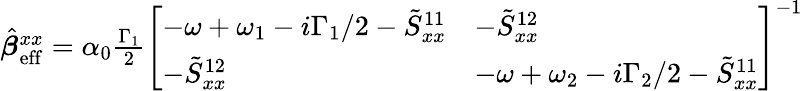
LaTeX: \begin{array}{r}{\hat{\boldsymbol{\beta}}_{\mathrm{eff}}^{xx}=\alpha_{0}\frac{\Gamma_{1}}{2}\left[\begin{array}{ll}{-\omega+\omega_{1}-i\Gamma_{1}/2-\tilde{S}_{xx}^{11}}&{-\tilde{S}_{xx}^{12}}\\ {-\tilde{S}_{xx}^{12}}&{-\omega+\omega_{2}-i\Gamma_{2}/2-\tilde{S}_{xx}^{11}}\end{array}\right]^{-1}}\end{array}